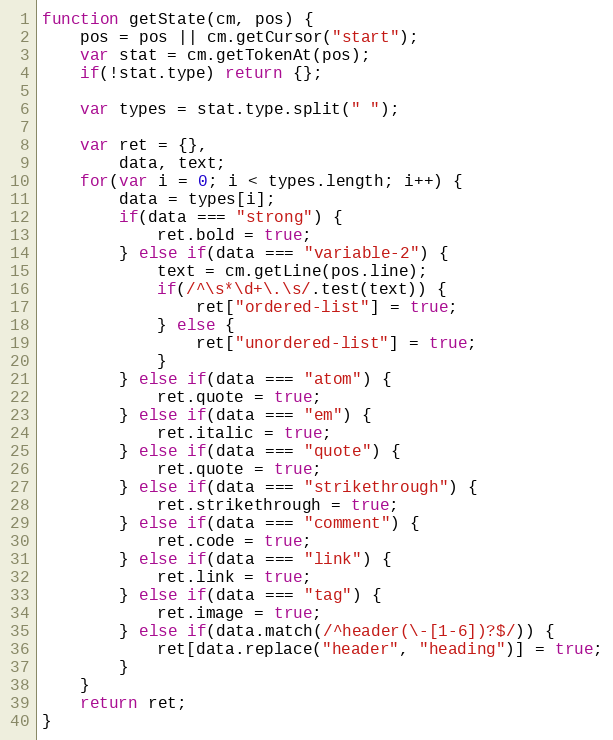
Language: JavaScript
function getState(cm, pos) {
	pos = pos || cm.getCursor("start");
	var stat = cm.getTokenAt(pos);
	if(!stat.type) return {};

	var types = stat.type.split(" ");

	var ret = {},
		data, text;
	for(var i = 0; i < types.length; i++) {
		data = types[i];
		if(data === "strong") {
			ret.bold = true;
		} else if(data === "variable-2") {
			text = cm.getLine(pos.line);
			if(/^\s*\d+\.\s/.test(text)) {
				ret["ordered-list"] = true;
			} else {
				ret["unordered-list"] = true;
			}
		} else if(data === "atom") {
			ret.quote = true;
		} else if(data === "em") {
			ret.italic = true;
		} else if(data === "quote") {
			ret.quote = true;
		} else if(data === "strikethrough") {
			ret.strikethrough = true;
		} else if(data === "comment") {
			ret.code = true;
		} else if(data === "link") {
			ret.link = true;
		} else if(data === "tag") {
			ret.image = true;
		} else if(data.match(/^header(\-[1-6])?$/)) {
			ret[data.replace("header", "heading")] = true;
		}
	}
	return ret;
}